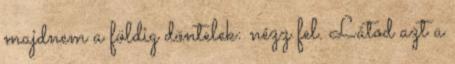
majdnem a földig döntelek: nézz fel. Látod azt a